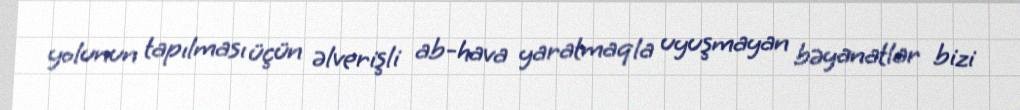
yolunun tapılması üçün əlverişli ab-hava yaratmaqla uyuşmayan bəyanatlar bizi